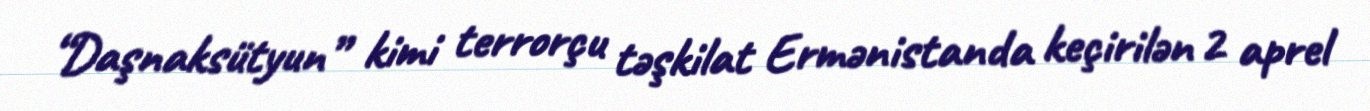
“Daşnaksütyun” kimi terrorçu təşkilat Ermənistanda keçirilən 2 aprel